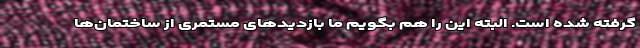
گرفته شده است. البته این را هم بگویم ما بازدیدهای مستمری از ساختمان‌ها